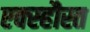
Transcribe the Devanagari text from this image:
एक्स्हौस्त